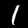
Digit: 1